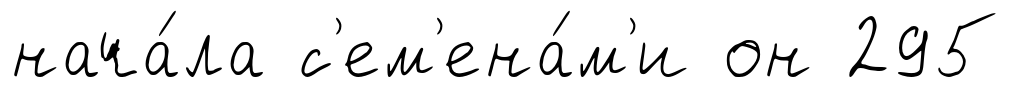
нача́ла с'ем'ена́м'и он 295